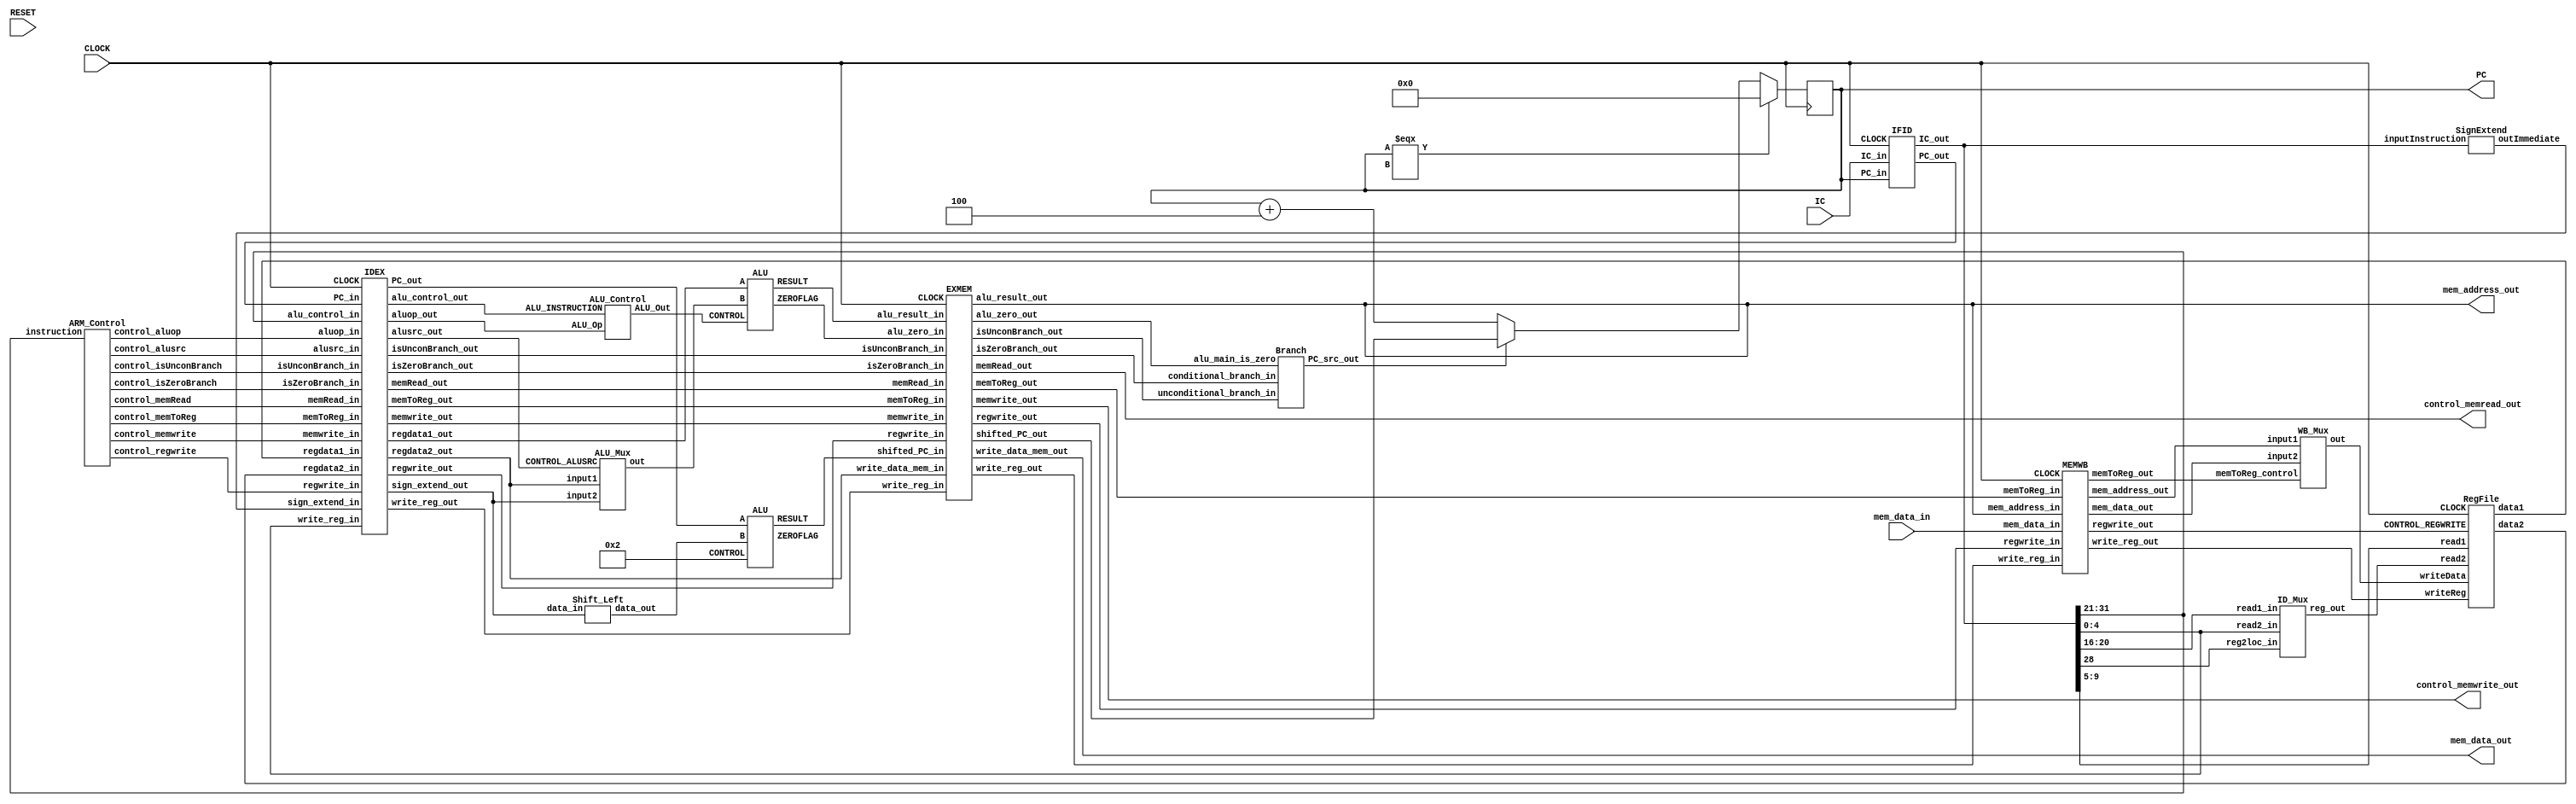
`timescale 1ns / 1ps
//////////////////////////////////////////////////////////////////////////////////
// Company: XJTU
// 
// Design Name: 
// Module Name: myARMCPU
// Project Name: 
// Target Devices: 
// Tool Versions: 
// Description: 
// 
// Dependencies: 
// 
// Revision:
// Revision 0.01 - File Created
// Additional Comments:
// 
//////////////////////////////////////////////////////////////////////////////////

module ARM_CPU(
  input RESET,
  input CLOCK,
  input [31:0] IC,    //
  input [63:0] mem_data_in,
  output reg [63:0] PC,
  output [63:0] mem_address_out,
  output [63:0] mem_data_out,
  output control_memwrite_out,
  output control_memread_out
);
  wire PCSrc_wire;   //
  wire [63:0] jump_PC_wire;  //

  always @(posedge CLOCK) begin
    if (PC === 64'bx) begin  //PC0
    	PC <= 0;
   	end 
    else if (PCSrc_wire == 1'b1) begin  //1
      PC <= jump_PC_wire;
    end 
    else begin
      PC <= PC + 4;  //PC4
  end

  //
  $display("Current = %0d | Jump = %0d | Natural Next = %0d", PC, jump_PC_wire, (PC + 4));  
  end

  // Stage : Instruction Fetch 

  wire [63:0] IFID_PC;   //
  wire [31:0] IFID_IR;   //
  IFID cache1 (CLOCK, PC, IC, IFID_PC, IFID_IR);  // FI/IDcache1


  // Stage : Instruction Decode 

  // 
  wire [1:0] CONTROL_aluop; // EX
  wire CONTROL_alusrc; // EX
  wire CONTROL_isZeroBranch; // Mem
  wire CONTROL_isUnconBranch; // Mem
  wire CONTROL_memRead; // Mem
  wire CONTROL_memwrite; // Mem
  wire CONTROL_regwrite; // WB
  wire CONTROL_memToReg; // WB
  ARM_Control unit1 (IFID_IR[31:21], CONTROL_aluop, CONTROL_alusrc, CONTROL_isZeroBranch, CONTROL_isUnconBranch, CONTROL_memRead, CONTROL_memwrite, CONTROL_regwrite, CONTROL_memToReg);

  //2
  wire [4:0] reg2_wire;
  ID_Mux unit2(IFID_IR[20:16], IFID_IR[4:0], IFID_IR[28], reg2_wire);

  //
  wire [63:0] reg1_data, reg2_data;
  wire MEMWB_regwrite;  //
  wire [4:0] MEMWB_write_reg;  //
  wire [63:0] write_reg_data;
  RegFile unit3(CLOCK, IFID_IR[9:5], reg2_wire, MEMWB_write_reg, write_reg_data, MEMWB_regwrite, reg1_data, reg2_data);

  //
  wire [63:0] sign_extend_wire;
  SignExtend unit4 (IFID_IR, sign_extend_wire);

  //
  wire [1:0] IDEX_aluop;
  wire IDEX_alusrc;
  wire IDEX_isZeroBranch;
  wire IDEX_isUnconBranch;
  wire IDEX_memRead;
  wire IDEX_memwrite;
  wire IDEX_regwrite;
  wire IDEX_memToReg;

  // ID/EXcache2
  wire [63:0] IDEX_reg1_data;
  wire [63:0] IDEX_reg2_data;
  wire [63:0] IDEX_PC;
  wire [63:0] IDEX_sign_extend;
  wire [10:0] IDEX_alu_control;
  wire [4:0] IDEX_write_reg;  // 
  IDEX cache2 (CLOCK, CONTROL_aluop, CONTROL_alusrc, CONTROL_isZeroBranch, CONTROL_isUnconBranch, CONTROL_memRead, CONTROL_memwrite, CONTROL_regwrite, CONTROL_memToReg, IFID_PC, reg1_data, reg2_data, sign_extend_wire, IFID_IR[31:21], IFID_IR[4:0], IDEX_aluop, IDEX_alusrc, IDEX_isZeroBranch, IDEX_isUnconBranch, IDEX_memRead, IDEX_memwrite, IDEX_regwrite, IDEX_memToReg, IDEX_PC, IDEX_reg1_data, IDEX_reg2_data, IDEX_sign_extend, IDEX_alu_control, IDEX_write_reg);

  // Stage : Execute  

  wire [63:0] shift_left_wire;  //
  wire [63:0] PC_jump;  //
  wire jump_is_zero;   //ALU
  //
  Shift_Left unit5 (IDEX_sign_extend, shift_left_wire);
  //ALU0010
  ALU unit6 (IDEX_PC, shift_left_wire, 4'b0010, PC_jump, jump_is_zero);

  wire [3:0] alu_main_control_wire;
  wire [63:0] alu_data2_wire;
  wire alu_main_is_zero;
  wire [63:0] alu_main_result;
  // ALU
  ALU_Control unit7(IDEX_aluop, IDEX_alu_control, alu_main_control_wire);
  // ALUB
  ALU_Mux mux3(IDEX_reg2_data, IDEX_sign_extend, IDEX_alusrc, alu_data2_wire);
  // ALU
  ALU main_alu(IDEX_reg1_data, alu_data2_wire, alu_main_control_wire, alu_main_result, alu_main_is_zero);

  // EX/Memcache3
  wire EXMEM_isZeroBranch;
  wire EXMEM_isUnconBranch;
  wire EXMEM_regwrite;
  wire EXMEM_memToReg;
  wire EXMEM_alu_zero;  //0
  wire [4:0] EXMEM_write_reg;
  //control_memread_out, control_memwrite_outCPU
  EXMEM cache3(CLOCK, IDEX_isZeroBranch, IDEX_isUnconBranch, IDEX_memRead, IDEX_memwrite, IDEX_regwrite, IDEX_memToReg, PC_jump, alu_main_is_zero, alu_main_result, IDEX_reg2_data, IDEX_write_reg, EXMEM_isZeroBranch, EXMEM_isUnconBranch, control_memread_out, control_memwrite_out, EXMEM_regwrite, EXMEM_memToReg, jump_PC_wire, EXMEM_alu_zero, mem_address_out, mem_data_out, EXMEM_write_reg);


  // Stage : Memory Access    

  Branch unit8 (EXMEM_isUnconBranch, EXMEM_isZeroBranch, EXMEM_alu_zero, PCSrc_wire); //PC

  // MemWBcache4
  wire MEMWB_memToReg;
  wire [63:0] MEMWB_address;
  wire [63:0] MEMWB_read_data;
  MEMWB cache4(CLOCK, mem_address_out, mem_data_in, EXMEM_write_reg, EXMEM_regwrite, EXMEM_memToReg, MEMWB_address, MEMWB_read_data, MEMWB_write_reg, MEMWB_regwrite, MEMWB_memToReg);


  // Stage : Writeback  

  //ALU
  WB_Mux unit9(MEMWB_address, MEMWB_read_data, MEMWB_memToReg, write_reg_data);
endmodule


module IFID    //  FI/ID
(
  input CLOCK,
  input [63:0] PC_in,   
  input [31:0] IC_in,
  output reg [63:0] PC_out,
  output reg [31:0] IC_out
);

  always @(negedge CLOCK) begin   //PCIC
    PC_out <= PC_in;
    IC_out <= IC_in;
  end
endmodule


module IDEX   // ID/EX
(
  input CLOCK,
  input [1:0] aluop_in, 	       // EX
  input alusrc_in, 			         // EX
  input isZeroBranch_in, 	       // Mem
  input isUnconBranch_in, 	     // Mem
  input memRead_in, 		         // Mem
  input memwrite_in, 		         // Mem
  input regwrite_in, 		         // WB
  input memToReg_in, 		         // WB
  input [63:0] PC_in,
  input [63:0] regdata1_in,
  input [63:0] regdata2_in,
  input [63:0] sign_extend_in,
  input [10:0] alu_control_in,
  input [4:0] write_reg_in,
  output reg [1:0] aluop_out, 	// EX
  output reg alusrc_out, 		    // EX
  output reg isZeroBranch_out, 	// Mem
  output reg isUnconBranch_out, // Mem
  output reg memRead_out, 		  // Mem
  output reg memwrite_out, 		  // Mem
  output reg regwrite_out,		  // WB
  output reg memToReg_out,		    // WB
  output reg [63:0] PC_out,
  output reg [63:0] regdata1_out,
  output reg [63:0] regdata2_out,
  output reg [63:0] sign_extend_out,
  output reg [10:0] alu_control_out,
  output reg [4:0] write_reg_out
);

  always @(negedge CLOCK) begin
    // EX 
    aluop_out <= aluop_in;
    alusrc_out <= alusrc_in;
    // Mem
  	isZeroBranch_out <= isZeroBranch_in;
    isUnconBranch_out <= isUnconBranch_in;
  	memRead_out <= memRead_in;
 	memwrite_out <= memwrite_in;
    //WB
    regwrite_out <= regwrite_in;
  	memToReg_out <= memToReg_in;

    // 
    PC_out <= PC_in;
    regdata1_out <= regdata1_in;
    regdata2_out <= regdata2_in;
    sign_extend_out <= sign_extend_in;
  	alu_control_out <= alu_control_in;
  	write_reg_out <= write_reg_in;
  end
endmodule


module EXMEM   // EX/Mem
(
  input CLOCK,
  input isZeroBranch_in, 	// Mem
  input isUnconBranch_in, 	// Mem
  input memRead_in, 		// Mem
  input memwrite_in, 		// Mem
  input regwrite_in, 		// WB
  input memToReg_in, 		// WB
  input [63:0] shifted_PC_in,   //2PC
  input alu_zero_in,  // CBZ0
  input [63:0] alu_result_in,
  input [63:0] write_data_mem_in,
  input [4:0] write_reg_in,
  output reg isZeroBranch_out, 	// Mem
  output reg isUnconBranch_out, // Mem
  output reg memRead_out, 		// Mem
  output reg memwrite_out, 		// Mem
  output reg regwrite_out,		// WB
  output reg memToReg_out,		// WB
  output reg [63:0] shifted_PC_out,
  output reg alu_zero_out,
  output reg [63:0] alu_result_out,
  output reg [63:0] write_data_mem_out,
  output reg [4:0] write_reg_out
);

  always @(negedge CLOCK) begin
    // Mem
  	isZeroBranch_out <= isZeroBranch_in;
    isUnconBranch_out <= isUnconBranch_in;
  	memRead_out <= memRead_in;
 	memwrite_out <= memwrite_in;
    // WB
    regwrite_out <= regwrite_in;
  	memToReg_out <= memToReg_in;

    // 
    shifted_PC_out <= shifted_PC_in;
    alu_zero_out <= alu_zero_in;
    alu_result_out <= alu_result_in;
    write_data_mem_out <= write_data_mem_in;
    write_reg_out <= write_reg_in;
  end
endmodule


module MEMWB   // Mem/WB
(
  input CLOCK,
  input [63:0] mem_address_in,
  input [63:0] mem_data_in,
  input [4:0] write_reg_in,
  input regwrite_in,   //WB
  input memToReg_in,   //WB
  output reg [63:0] mem_address_out,
  output reg [63:0] mem_data_out,
  output reg [4:0] write_reg_out,
  output reg regwrite_out,
  output reg memToReg_out
);

  always @(negedge CLOCK) begin
    // WB
    regwrite_out <= regwrite_in;
    memToReg_out <= memToReg_in;
    mem_address_out <= mem_address_in;
    mem_data_out <= mem_data_in;
    write_reg_out <= write_reg_in;
  end
endmodule


module RegFile   //
(
  input CLOCK,
  input [4:0] read1,
  input [4:0] read2,
  input [4:0] writeReg,
  input [63:0] writeData,
  input CONTROL_REGWRITE,   //
  output reg [63:0] data1,
  output reg [63:0] data2
);

  reg [63:0] Data[31:0];

  integer initCount;

  initial begin    //
    for (initCount = 0; initCount < 31; initCount = initCount + 1) begin
      Data[initCount] = initCount;
    end
    Data[31] = 64'h00000000;
  end

  always @(posedge CLOCK) begin

    data1 = Data[read1];  //
    data2 = Data[read2];

    if (CONTROL_REGWRITE == 1'b1) begin
      Data[writeReg] = writeData;  //
    end

    // 
    for (initCount = 0; initCount < 32; initCount = initCount + 1) begin
      $display("REGISTER[%0d] = %0d", initCount, Data[initCount]);
    end
  end
endmodule

module ALU   //
(
  input [63:0] A,
  input [63:0] B,
  input [3:0] CONTROL,  //4ALU
  output reg [63:0] RESULT,
  output reg ZEROFLAG   //0
);

  always @(*) begin
    case (CONTROL)
      4'b0000 : RESULT = A & B;
      4'b0001 : RESULT = A | B;
      4'b0010 : RESULT = A + B;
      4'b0110 : RESULT = A - B;
      4'b0111 : RESULT = B;  //B
      4'b1100 : RESULT = ~(A | B);
      default : RESULT = 64'hxxxxxxxx;
    endcase

    if (RESULT == 0) begin
      ZEROFLAG = 1'b1;
    end 
    else if (RESULT != 0) begin
      ZEROFLAG = 1'b0;
    end 
    else begin
      ZEROFLAG = 1'bx;
    end
  end
endmodule


module ALU_Control  // ALUALUOpopCode
(
  input [1:0] ALU_Op,
  input [10:0] ALU_INSTRUCTION,
  output reg [3:0] ALU_Out
);

  always @(ALU_Op or ALU_INSTRUCTION) begin
    case (ALU_Op)
      2'b00 : ALU_Out = 4'b0010;  //ADD
      2'b01 : ALU_Out = 4'b0111;  //CBZB
      2'b10 : begin

        case (ALU_INSTRUCTION)
          11'b10001011000 : ALU_Out = 4'b0010; // ADD
          11'b11001011000 : ALU_Out = 4'b0110; // SUB
          11'b10001010000 : ALU_Out = 4'b0000; // AND
          11'b10101010000 : ALU_Out = 4'b0001; // ORR
        endcase
      end
      default : ALU_Out = 4'bxxxx;
    endcase
  end
endmodule


module ALU_Mux   //ALUB
(
  input [63:0] input1,
  input [63:0] input2,
  input CONTROL_ALUSRC,  //ALU
  output reg [63:0] out
);

  always @(input1, input2, CONTROL_ALUSRC, out) begin
    if (CONTROL_ALUSRC == 0) begin
      out <= input1;  //
    end

    else begin
      out <= input2;  //
    end
  end
endmodule


module ID_Mux   //2Rm[20:16]Rt[4:0]
(
  input [4:0] read1_in,  //IFID_IR[20:16],Rm
  input [4:0] read2_in,  //IFID_IR[4:0],Rt
  input reg2loc_in,   //IR[28]R
  output reg [4:0] reg_out  //
);

  always @(read1_in, read2_in, reg2loc_in) begin
    case (reg2loc_in)
        1'b0 : begin   //IR[28]0R
            reg_out <= read1_in;
        end
        1'b1 : begin  //IR[28]1R
            reg_out <= read2_in;
        end
        default : begin
            reg_out <= 1'bx;
        end
    endcase
  end
endmodule


module WB_Mux  //
(
  input [63:0] input1,
  input [63:0] input2,
  input memToReg_control,
  output reg [63:0] out
);

  always @(*) begin
    if (memToReg_control == 0) begin
      out <= input1;  //ALU
    end

    else begin
      out <= input2;  //
    end
  end
endmodule


module Shift_Left   // 
(
  input [63:0] data_in,
  output reg [63:0] data_out
);

  always @(data_in) begin
    data_out = data_in << 2;
  end
endmodule


module SignExtend   //
(
  input [31:0] inputInstruction,   //32
  output reg [63:0] outImmediate   //64
);

  always @(inputInstruction) begin
    if (inputInstruction[31:26] == 6'b000101) begin // B26
      outImmediate[25:0] = inputInstruction[25:0];
      outImmediate[63:26] = {64{outImmediate[25]}};

    end else if (inputInstruction[31:24] == 8'b10110100) begin // CBZ19
      outImmediate[19:0] = inputInstruction[23:5];
      outImmediate[63:20] = {64{outImmediate[19]}};

    end else begin // 9
      outImmediate[9:0] = inputInstruction[20:12];
      outImmediate[63:10] = {64{outImmediate[9]}};
    end
  end
endmodule


module Branch  //PC
(
  input unconditional_branch_in,
  input conditional_branch_in,
  input alu_main_is_zero,
  output reg PC_src_out
);

  reg conditional_branch_temp;

  always @(unconditional_branch_in, conditional_branch_in, alu_main_is_zero) begin
    conditional_branch_temp = conditional_branch_in & alu_main_is_zero;
    PC_src_out = unconditional_branch_in | conditional_branch_temp; // 0
  end
endmodule


module ARM_Control   //
(
  input [10:0] instruction,    //11
  output reg [1:0] control_aluop,  //2ALUop
  output reg control_alusrc,  //ALU
  output reg control_isZeroBranch,  //
  output reg control_isUnconBranch,  //
  output reg control_memRead,  //
  output reg control_memwrite,  //
  output reg control_regwrite,  //
  output reg control_memToReg  //ALU
);

  always @(instruction) begin
    /* B */
    if (instruction[10:5] == 6'b000101) begin
      control_memToReg <= 1'bx;
      control_memRead <= 1'b0;
      control_memwrite <= 1'b0;
      control_alusrc <= 1'b0;
      control_aluop <= 2'b01;   //ALUop01
      control_isZeroBranch <= 1'b0;
      control_isUnconBranch <= 1'b1;  //
      control_regwrite <= 1'b0;
    end

    /* CBZ */
    else if (instruction[10:3] == 8'b10110100) begin
      control_memToReg <= 1'bx;
      control_memRead <= 1'b0;
      control_memwrite <= 1'b0;
      control_alusrc <= 1'b0;
      control_aluop <= 2'b01;  //ALUop01
      control_isZeroBranch <= 1'b1;  //0
      control_isUnconBranch <= 1'b0;
      control_regwrite <= 1'b0;
    end

    /*  */
    else begin
      control_isZeroBranch <= 1'b0;
      control_isUnconBranch <= 1'b0;

      case (instruction[10:0])

        /* LDUR */
        11'b11111000010 : begin
          control_memToReg <= 1'b1;  //
          control_memRead <= 1'b1;   //
          control_memwrite <= 1'b0;
          control_alusrc <= 1'b1;  //
          control_aluop <= 2'b00;  //
          control_regwrite <= 1'b1;
        end

        /* STUR */
        11'b11111000000 : begin
          control_memToReg <= 1'bx;
          control_memRead <= 1'b0;
          control_memwrite <= 1'b1;  //
          control_alusrc <= 1'b1;  //
          control_aluop <= 2'b00;  //
          control_regwrite <= 1'b0;
        end

        /* RALU, */
        /* ADD */
        11'b10001011000 : begin
          control_memToReg <= 1'b0;
          control_memRead <= 1'b0;
          control_memwrite <= 1'b0;
          control_alusrc <= 1'b0;
          control_aluop <= 2'b10;  //R
          control_regwrite <= 1'b1;  //
        end

        /* SUB */
        11'b11001011000 : begin
          control_memToReg <= 1'b0;
          control_memRead <= 1'b0;
          control_memwrite <= 1'b0;
          control_alusrc <= 1'b0;
          control_aluop <= 2'b10;
          control_regwrite <= 1'b1;
        end

        /* AND */
        11'b10001010000 : begin
          control_memToReg <= 1'b0;
          control_memRead <= 1'b0;
          control_memwrite <= 1'b0;
          control_alusrc <= 1'b0;
          control_aluop <= 2'b10;
          control_regwrite <= 1'b1;
        end

        /* ORR */
        11'b10101010000 : begin
          control_memToReg <= 1'b0;
          control_memRead <= 1'b0;
          control_memwrite <= 1'b0;
          control_alusrc <= 1'b0;
          control_aluop <= 2'b10;
          control_regwrite <= 1'b1;
        end

        /* X */
        default : begin
          control_isZeroBranch <= 1'bx;
      	  control_isUnconBranch <= 1'bx;
          control_memToReg <= 1'bx;
          control_memRead <= 1'bx;
          control_memwrite <= 1'bx;
          control_alusrc <= 1'bx;
          control_aluop <= 2'bxx;
          control_regwrite <= 1'bx;
        end
      endcase
    end
  end
endmodule

module Instr_Memory  //
(
  input [63:0] PC_in,   
  output reg [31:0] instruction_out
);

  reg [8:0] Data[71:0];

  initial begin
  	// LDUR x2, [x12]
    Data[0] = 8'hf8;
    Data[1] = 8'h40;
    Data[2] = 8'h01;
    Data[3] = 8'h82;
    // LDUR x3, [x13]
    Data[4] = 8'hf8;
    Data[5] = 8'h40;
    Data[6] = 8'h01;
    Data[7] = 8'ha3;
    // AND x6, x1, x30
    Data[8] = 8'h8a;
    Data[9] = 8'h1e;
    Data[10] = 8'h00;
    Data[11] = 8'h26;
    // ORR x5, x20, x1
    Data[12] = 8'haa;
    Data[13] = 8'h01;
    Data[14] = 8'h02;
    Data[15] = 8'h85;
    // NOP
    Data[16] = 8'h00;
    Data[17] = 8'h00;
    Data[18] = 8'h00;
    Data[19] = 8'h00;
    // ADD x9, x3, x2
    Data[20] = 8'h8b;
    Data[21] = 8'h02;
    Data[22] = 8'h00;
    Data[23] = 8'h69;
    // SUB x10, x3, x2
    Data[24] = 8'hcb;
    Data[25] = 8'h02;
    Data[26] = 8'h00;
    Data[27] = 8'h6a;
    // CBZ x6, #6
    Data[28] = 8'hb4;
    Data[29] = 8'h00;
    Data[30] = 8'h00;
    Data[31] = 8'hc6;
    // NOP
    Data[32] = 8'h00;
    Data[33] = 8'h00;
    Data[34] = 8'h00;
    Data[35] = 8'h00;
    // NOP
    Data[36] = 8'h00;
    Data[37] = 8'h00;
    Data[38] = 8'h00;
    Data[39] = 8'h00;
    // NOP
    Data[40] = 8'h00;
    Data[41] = 8'h00;
    Data[42] = 8'h00;
    Data[43] = 8'h00;
    // STUR x5, [x7, #1]
    Data[52] = 8'hf8;
    Data[53] = 8'h00;
    Data[54] = 8'h10;
    Data[55] = 8'he5;
    // STUR x9, [x8, #2]
    Data[56] = 8'hf8;
    Data[57] = 8'h00;
    Data[58] = 8'h21;
    Data[59] = 8'h09;
    // B #-8
    Data[60] = 8'h17;
    Data[61] = 8'hff;
    Data[62] = 8'hff;
    Data[63] = 8'hf8;
    // NOP
    Data[64] = 8'h00;
    Data[65] = 8'h00;
    Data[66] = 8'h00;
    Data[67] = 8'h00;
    // NOP
    Data[68] = 8'h00;
    Data[69] = 8'h00;
    Data[70] = 8'h00;
    Data[71] = 8'h00;
  end

  always @(PC_in) begin
    instruction_out[8:0] = Data[PC_in + 3];
    instruction_out[16:8] = Data[PC_in + 2];
    instruction_out[24:16] = Data[PC_in + 1];
    instruction_out[31:24] = Data[PC_in];
  end
endmodule


module Data_Memory   //
(
    input [63:0] inputAddress,
    input [63:0] inputData,
    input CONTROL_MemWrite,  //
    input CONTROL_MemRead,   //
    output reg [63:0] outputData
);

    reg [63:0] Data[31:0];

    integer initCount;

    initial begin
        for (initCount = 0; initCount < 32; initCount = initCount + 1) begin
            Data[initCount] = initCount * 100;  //
        end
    end

    always @(*) begin
      if (CONTROL_MemWrite == 1'b1) begin
        Data[inputAddress] = inputData;   //
      end else if (CONTROL_MemRead == 1'b1) begin
        outputData = Data[inputAddress];  //
      end else begin
        outputData = 64'hxxxxxxxx;
      end

      // 
      for (initCount = 0; initCount < 32; initCount = initCount + 1) begin
        $display("RAM[%0d] = %0d", initCount, Data[initCount]);
      end
    end
endmodule